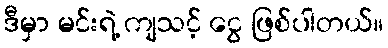
ဒီမှာ မင်းရဲ့ ကျသင့် ငွေ ဖြစ်ပါတယ်။